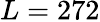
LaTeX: L=272